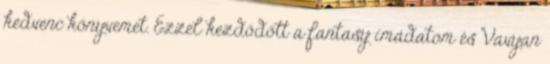
kedvenc könyvemet. Ezzel kezdődött a fantasy imádatom és Vavyan